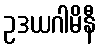
ဥဒယဂါမိနီ